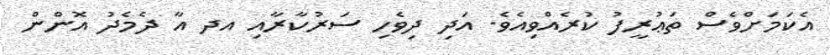
އެކަމަށްވެސް ތަޢުރީފު ކުރެއްވިއެވެ. އަދި ދިވެހި ސަރުކާރާއި އދ އާ ދެމެދު އޮންން